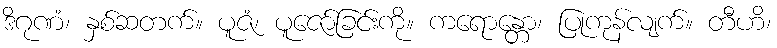
ဒိဂုဏံ၊ နှစ်ဆတက်။ ပူဇံ၊ ပူဇော်ခြင်းကို။ ကရောန္တော၊ ပြုကုန်လျက်။ တီဟိ၊